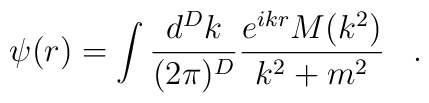
\psi(r)=\int\frac{d^Dk}{(2\pi)^D}\frac{e^{ikr}M(k^2)}{k^2+m^2}\;\;\;.